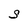
Character: S